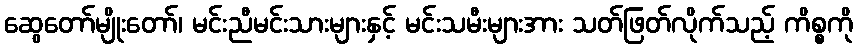
ဆွေတော်မျိုးတော်၊ မင်းညီမင်းသားများနှင့် မင်းသမီးများအား သတ်ဖြတ်လိုက်သည့် ကိစ္စကို